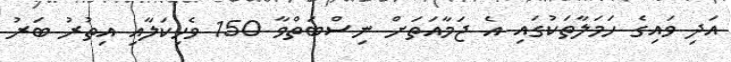
އަދި ވައިގެ ހަމަލާތަކުގައި އެ ޖަމާއަތަށް ނިސްބަތްވާ 150 ވެހިކަލާއި އިތުރު ބަރު